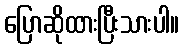
ပြောဆိုထားပြီးသားပါ။